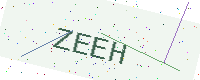
Text: ZEEH